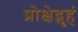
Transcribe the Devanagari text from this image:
प्रोक्षेद्गृहं